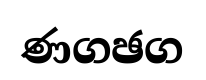
ණගඡග